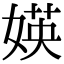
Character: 媖